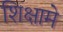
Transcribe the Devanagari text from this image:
शिक्षामे